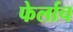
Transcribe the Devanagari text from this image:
फेर्लाच